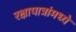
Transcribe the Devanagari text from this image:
रक्षापात्रांमध्ये